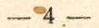
− 4.−